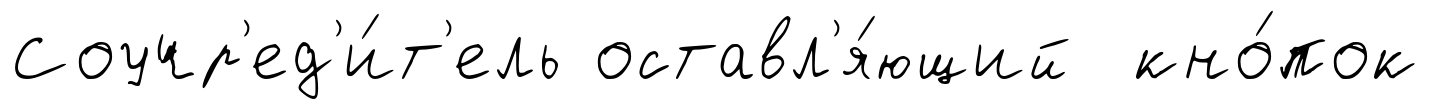
Соучр'ед'и́т'ель оставл'я́ющий кно́пок